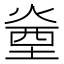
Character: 㷑